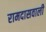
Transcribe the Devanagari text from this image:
रामदासवाली